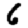
Digit: 6